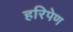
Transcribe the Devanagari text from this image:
हरिपेण